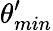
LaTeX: \theta_{min}^{\prime}